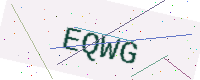
Text: EQWG